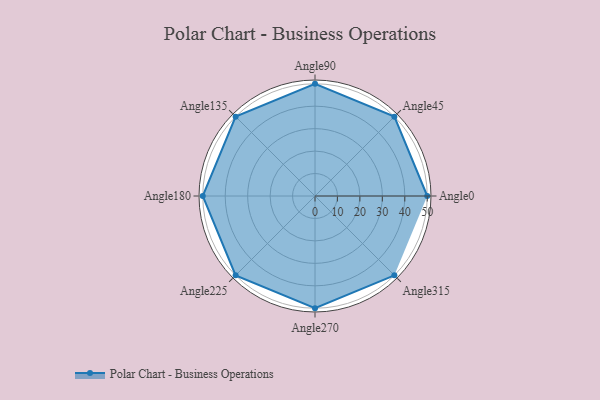
{"axis": {"x": "Angle", "y": "Radius"}, "legend": [""], "data": [{"x": "Angle0", "y": 50, "type": ""}, {"x": "Angle45", "y": 50, "type": ""}, {"x": "Angle90", "y": 50, "type": ""}, {"x": "Angle135", "y": 50, "type": ""}, {"x": "Angle180", "y": 50, "type": ""}, {"x": "Angle225", "y": 50, "type": ""}, {"x": "Angle270", "y": 50, "type": ""}, {"x": "Angle315", "y": 50, "type": ""}]}